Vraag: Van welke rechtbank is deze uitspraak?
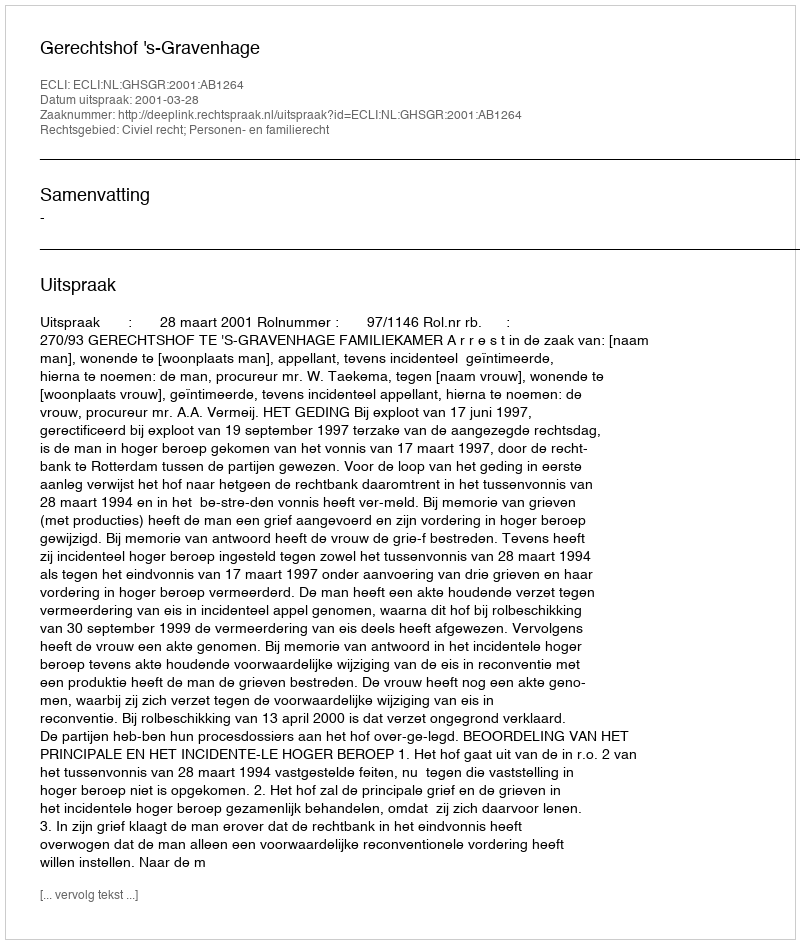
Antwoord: Gerechtshof 's-Gravenhage